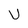
Character: U